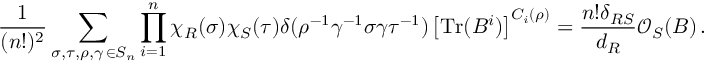
\frac { 1 } { ( n ! ) ^ { 2 } } \sum _ { \substack { \sigma , \tau , \rho , \gamma \, \in S _ { n } } } \prod _ { i = 1 } ^ { n } \chi _ { R } ( \sigma ) \chi _ { S } ( \tau ) \delta ( \rho ^ { - 1 } \gamma ^ { - 1 } \sigma \gamma \tau ^ { - 1 } ) \left[ \mathrm { T r } ( B ^ { i } ) \right] ^ { C _ { i } ( \rho ) } = \frac { n ! \delta _ { R S } } { d _ { R } } \mathcal { O } _ { S } ( B ) \, .